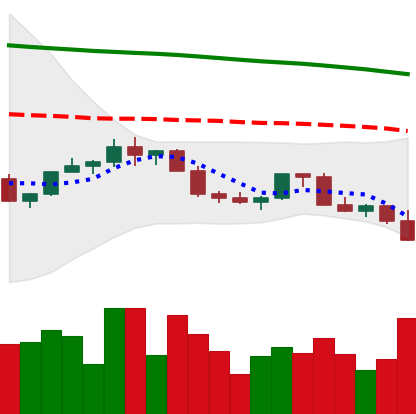
Ticker: LINK-USD
Chart end date: 2022-02-21
Forward return: 8.511%
Label: up_7plus